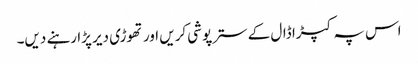
اس پہ کپڑا ڈال کے سترپوشی کریں اور تھوڑی دیر پڑا رہنے دیں۔